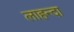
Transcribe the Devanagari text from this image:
लाहन्दा